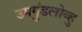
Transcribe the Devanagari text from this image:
उमगुंडलोव्हु